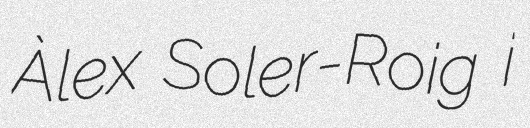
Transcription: Àlex Soler-Roig i